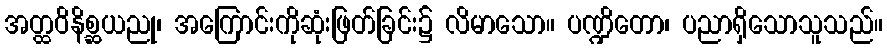
အတ္ထဝိနိစ္ဆယညု၊ အကြောင်းကိုဆုံးဖြတ်ခြင်း၌ လိမာသော။ ပဏ္ဍိတော၊ ပညာရှိသောသူသည်။